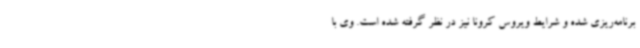
برنامه‌ریزی شده و شرایط ویروس کرونا نیز در نظر گرفته شده است. وی با